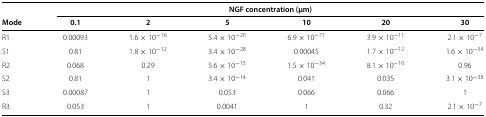
<table><thead><tr><td colspan="7"><b>NGF concentration (μm)</b></td></tr><tr><td><b>Mode</b></td><td><b>0.1</b></td><td><b>2</b></td><td><b>5</b></td><td><b>10</b></td><td><b>20</b></td><td><b>30</b></td></tr></thead><tbody><tr><td>R1</td><td>0.00093</td><td>1.6×10<sup>−16</sup></td><td>5.4×10<sup>−20</sup></td><td>6.9×10<sup>−71</sup></td><td>3.9×10<sup>−11</sup></td><td>2.1×10<sup>−7</sup></td></tr><tr><td>S1</td><td>0.81</td><td>1.8×10<sup>−12</sup></td><td>3.4×10<sup>−28</sup></td><td>0.00045</td><td>1.7×10<sup>−12</sup></td><td>1.6×10<sup>−54</sup></td></tr><tr><td>R2</td><td>0.068</td><td>0.29</td><td>5.6×10<sup>−15</sup></td><td>1.5×10<sup>−34</sup></td><td>8.1×10<sup>−10</sup></td><td>0.96</td></tr><tr><td>S2</td><td>0.81</td><td>1</td><td>3.4×10<sup>−14</sup></td><td>0.041</td><td>0.035</td><td>3.1×10<sup>−38</sup></td></tr><tr><td>S3</td><td>0.00087</td><td>1</td><td>0.053</td><td>0.066</td><td>0.066</td><td>1</td></tr><tr><td>R3</td><td>0.053</td><td>1</td><td>0.0041</td><td>1</td><td>0.32</td><td>2.1×10<sup>−7</sup></td></tr></tbody></table>